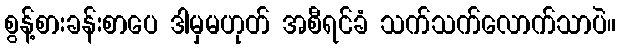
စွန့်စားခန်းစာပေ ဒါမှမဟုတ် အစီရင်ခံ သက်သက်လောက်သာပဲ။